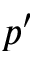
p ^ { \prime }